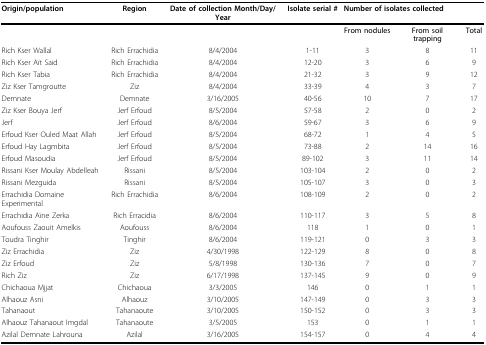
<table><thead><tr><td><b>Origin/population</b></td><td><b>Region</b></td><td><b>Date of collection Month/Day/Year</b></td><td><b>Isolate serial #</b></td><td colspan="3"><b>Number of isolates collected</b></td></tr><tr><td></td><td></td><td></td><td></td><td><b>From nodules</b></td><td><b>From soil trapping</b></td><td><b>Total</b></td></tr></thead><tbody><tr><td>Rich Kser Wallal</td><td>Rich Errachidia</td><td>8/4/2004</td><td>1-11</td><td>3</td><td>8</td><td>11</td></tr><tr><td>Rich Kser Aït Said</td><td>Rich Errachidia</td><td>8/4/2004</td><td>12-20</td><td>3</td><td>6</td><td>9</td></tr><tr><td>Rich Kser Tabia</td><td>Rich Errachidia</td><td>8/4/2004</td><td>21-32</td><td>3</td><td>9</td><td>12</td></tr><tr><td>Ziz Kser Tamgroutte</td><td>Ziz</td><td>8/4/2004</td><td>33-39</td><td>4</td><td>3</td><td>7</td></tr><tr><td>Demnate</td><td>Demnate</td><td>3/16/2005</td><td>40-56</td><td>10</td><td>7</td><td>17</td></tr><tr><td>Ziz Kser Bouya Jerf</td><td>Jerf Erfoud</td><td>8/5/2004</td><td>57-58</td><td>2</td><td>0</td><td>2</td></tr><tr><td>Jerf</td><td>Jerf Erfoud</td><td>8/6/2004</td><td>59-67</td><td>3</td><td>6</td><td>9</td></tr><tr><td>Erfoud Kser Ouled Maat Allah</td><td>Jerf Erfoud</td><td>8/5/2004</td><td>68-72</td><td>1</td><td>4</td><td>5</td></tr><tr><td>Erfoud Hay Lagmbita</td><td>Jerf Erfoud</td><td>8/5/2004</td><td>73-88</td><td>2</td><td>14</td><td>16</td></tr><tr><td>Erfoud Masoudia</td><td>Jerf Erfoud</td><td>8/5/2004</td><td>89-102</td><td>3</td><td>11</td><td>14</td></tr><tr><td>Rissani Kser Moulay Abdelleah</td><td>Rissani</td><td>8/5/2004</td><td>103-104</td><td>2</td><td>0</td><td>2</td></tr><tr><td>Rissani Mezguida</td><td>Rissani</td><td>8/5/2004</td><td>105-107</td><td>3</td><td>0</td><td>3</td></tr><tr><td>Errachidia Domaine Experimental</td><td>Rich Errachidia</td><td>8/6/2004</td><td>108-109</td><td>2</td><td>0</td><td>2</td></tr><tr><td>Errachidia Aïne Zerka</td><td>Rich Erracidia</td><td>8/6/2004</td><td>110-117</td><td>3</td><td>5</td><td>8</td></tr><tr><td>Aoufouss Zaouit Amelkis</td><td>Aoufouss</td><td>8/6/2004</td><td>118</td><td>1</td><td>0</td><td>1</td></tr><tr><td>Toudra Tinghir</td><td>Tinghir</td><td>8/6/2004</td><td>119-121</td><td>0</td><td>3</td><td>3</td></tr><tr><td>Ziz Errachidia</td><td>Ziz</td><td>4/30/1998</td><td>122-129</td><td>8</td><td>0</td><td>8</td></tr><tr><td>Ziz Erfoud</td><td>Ziz</td><td>5/8/1998</td><td>130-136</td><td>7</td><td>0</td><td>7</td></tr><tr><td>Rich Ziz</td><td>Ziz</td><td>6/17/1998</td><td>137-145</td><td>9</td><td>0</td><td>9</td></tr><tr><td>Chichaoua Mjjat</td><td>Chichaoua</td><td>3/3/2005</td><td>146</td><td>0</td><td>1</td><td>1</td></tr><tr><td>Alhaouz Asni</td><td>Alhaouz</td><td>3/10/2005</td><td>147-149</td><td>0</td><td>3</td><td>3</td></tr><tr><td>Tahanaout</td><td>Tahanaoute</td><td>3/10/2005</td><td>150-152</td><td>0</td><td>3</td><td>3</td></tr><tr><td>Alhaouz Tahanaout Imgdal</td><td>Tahanaoute</td><td>3/5/2005</td><td>153</td><td>0</td><td>1</td><td>1</td></tr><tr><td>Azilal Demnate Lahrouna</td><td>Azilal</td><td>3/16/2005</td><td>154-157</td><td>0</td><td>4</td><td>4</td></tr></tbody></table>